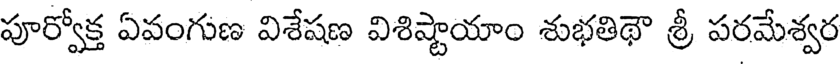
పూర్వోక్త ఏవంగుణ విశేషణ విశిష్టాయాం శుభతిథౌ శ్రీ పరమేశ్వర